Source: Handwritten
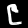
Digit: ၉ (9)